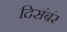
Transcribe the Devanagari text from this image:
दिसंबंर